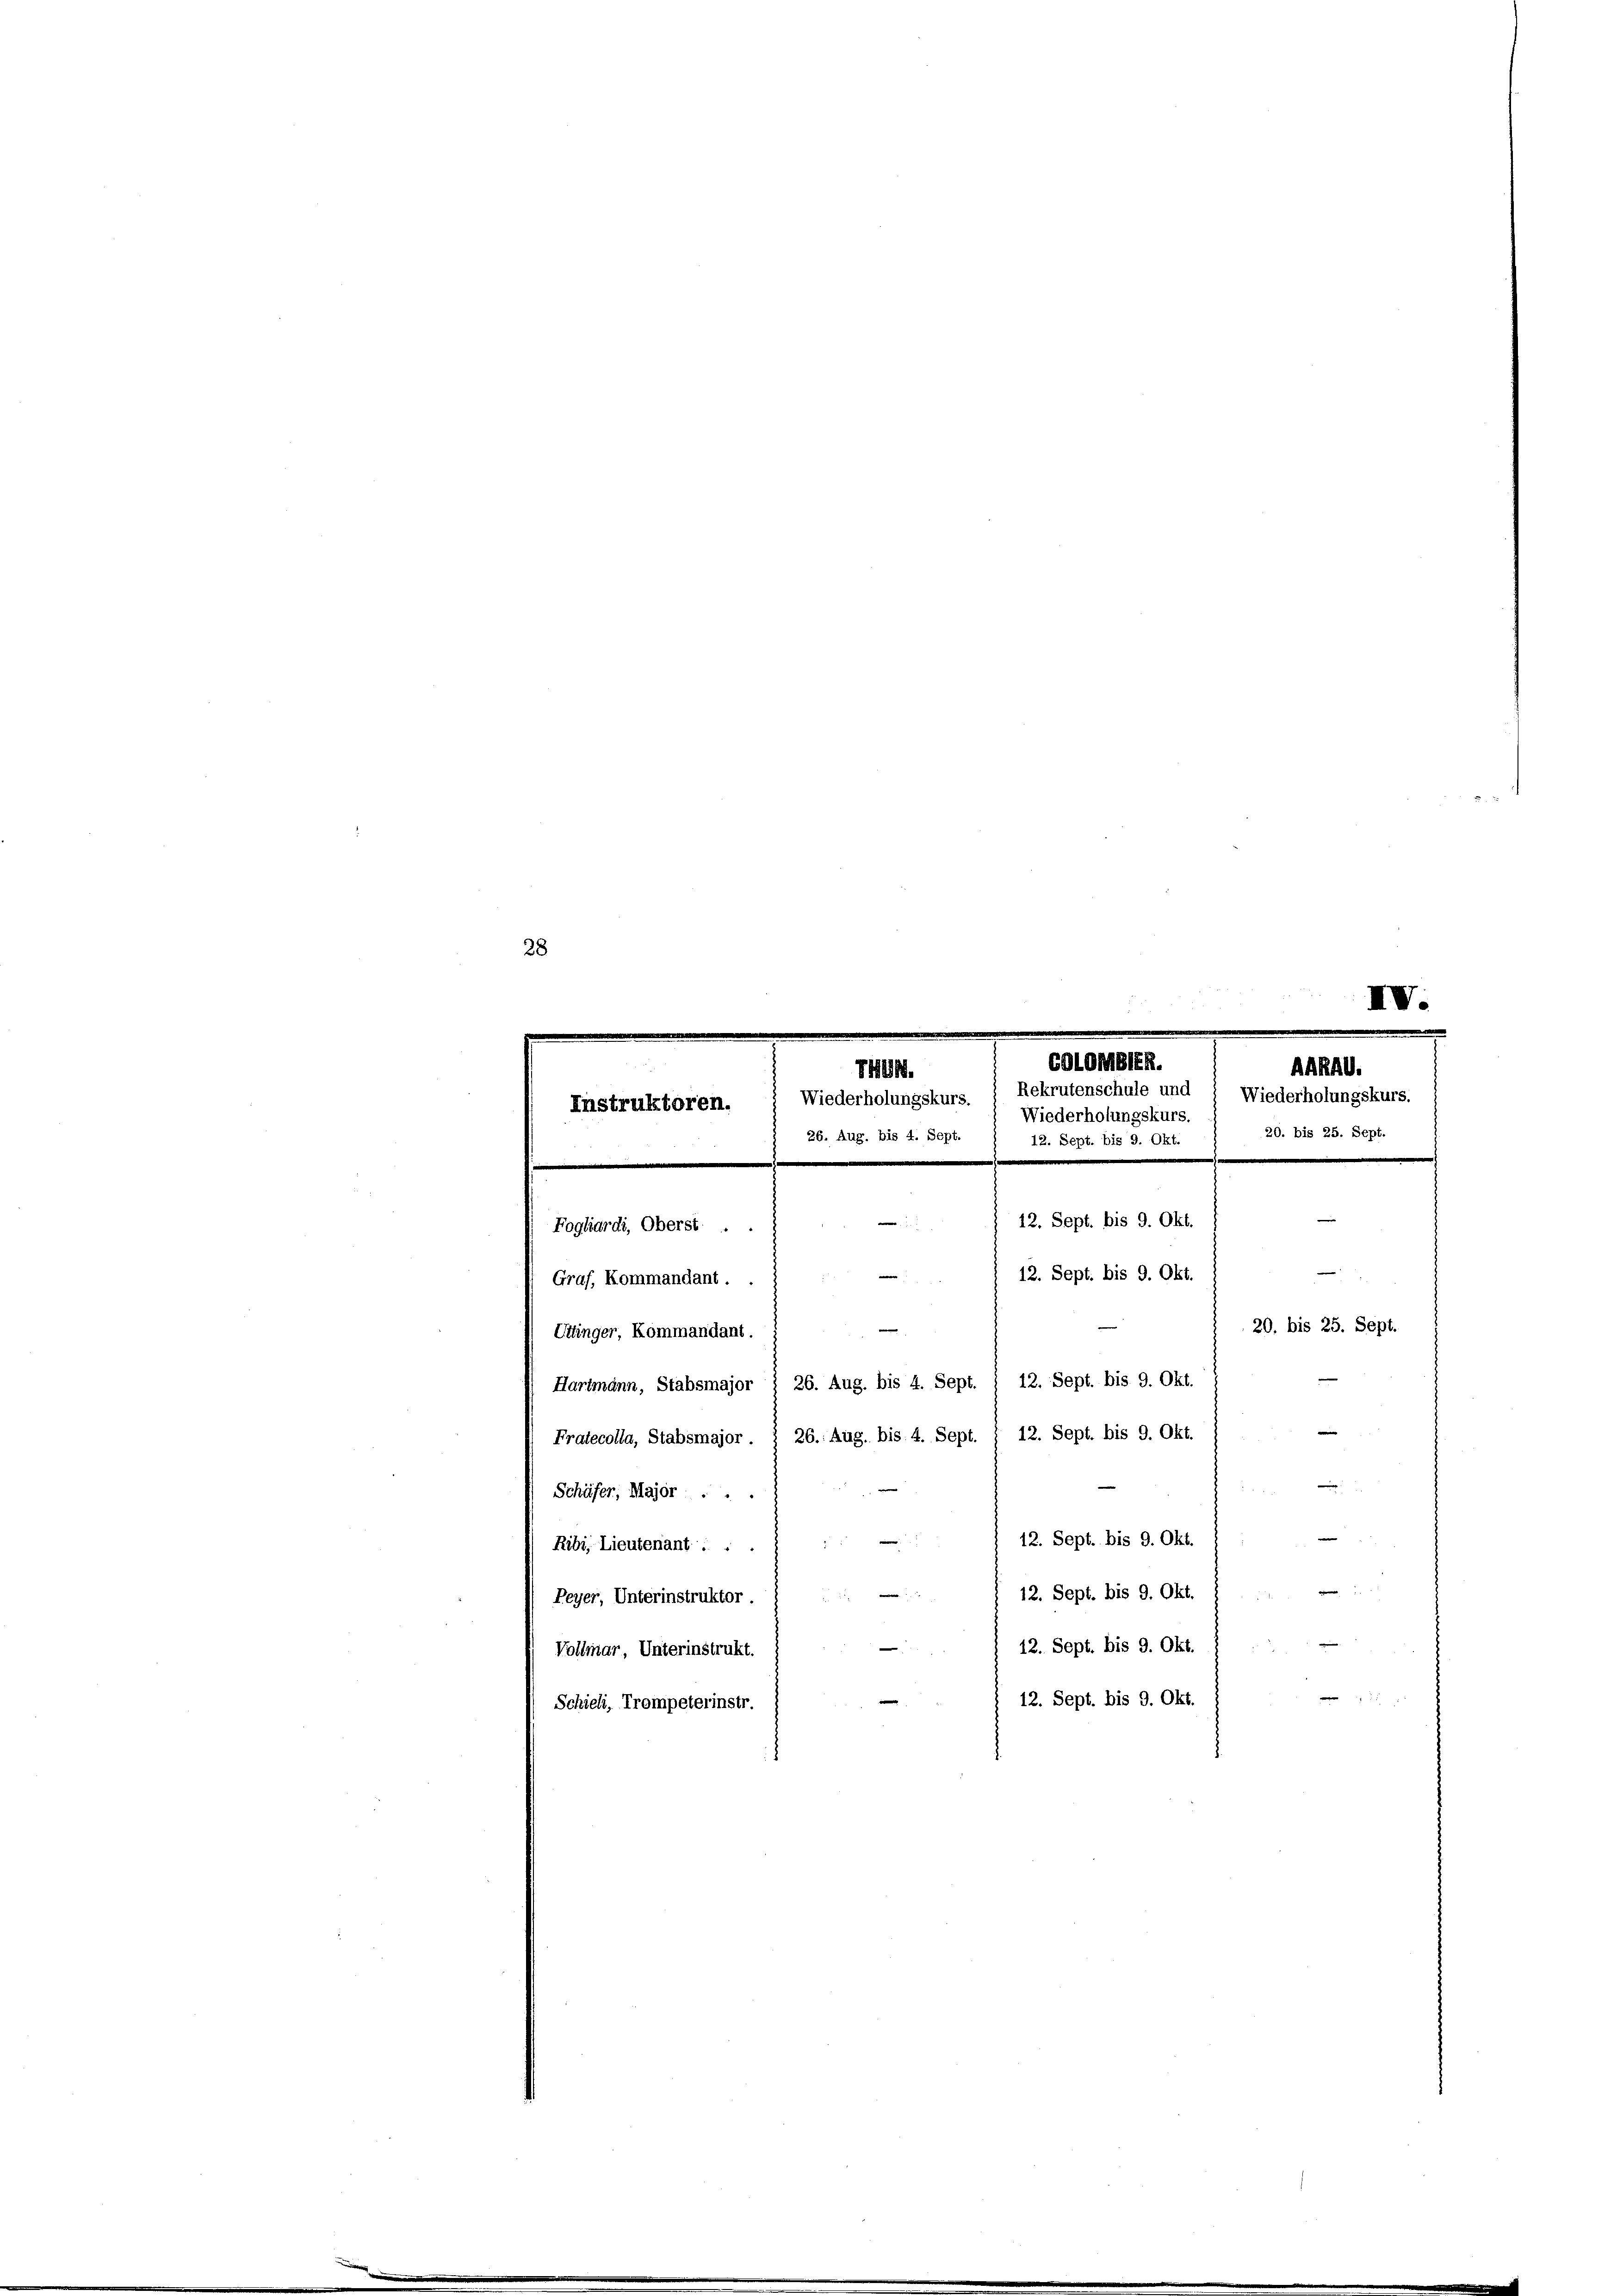
28
IV.

COlOMBIER.
ARRAG.
7481.
Rekrutenschule und : Wiederholungskurs.
Wiederholungskurs.
Instruktoren.
Wiederholungskurs.
26. Aug. bis 4. Sept.
12. Sept. bis 9. Okt. 1 20. bis 25. Sept.
e
e
e
12. Sept. bis 9. Okt.
Foghardi, Oberst
n
12. Sept. bis 9. Okt.
Graf, Kommandant.
20. bis 25. Sept.
e
Etlinger, Kommandant.
Hartmann, Stabsmajor § 26. Aug. bis 4. Sept. 1 12. Sept. bis 9. Okt.

12. Sept. bis 9. Okt.
Pratecolla, Stabsmajor . § 26. Aug. bis 4. Sept.
—
Schäfer, Major . .
12. Sept. bis 9. Okt.
d
Ribi, Lieutenant . .
e
e
12. Sept. bis 9. Okt.
Peyer, Unterinstruktor.
12. Sept. bis 9. Okt.
Vollmar, Unterinstrukt.
e
22 x
12. Sept. bis 9. Okt.
Schieli, Trompeterinstr.